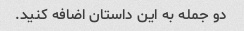
دو جمله به این داستان اضافه کنید.